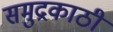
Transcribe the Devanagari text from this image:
समुद्रकाठी